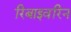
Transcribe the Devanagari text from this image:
रिबाइवरिन